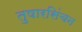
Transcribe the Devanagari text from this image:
तुषारसिंचन